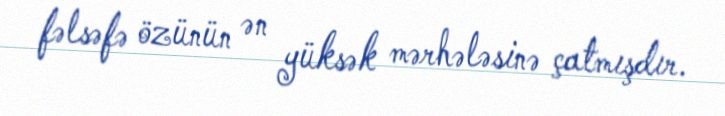
fəlsəfə özünün ən yüksək mərhələsinə çatmışdır.